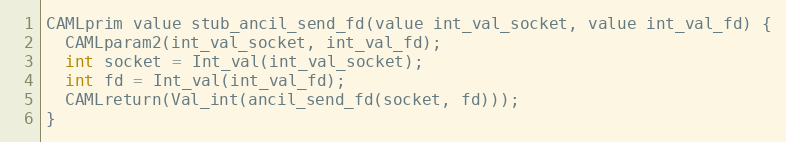
Language: C
CAMLprim value stub_ancil_send_fd(value int_val_socket, value int_val_fd) {
  CAMLparam2(int_val_socket, int_val_fd);
  int socket = Int_val(int_val_socket);
  int fd = Int_val(int_val_fd);
  CAMLreturn(Val_int(ancil_send_fd(socket, fd)));
}